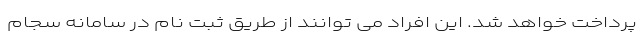
پرداخت خواهد شد. این افراد می توانند از طریق ثبت نام در سامانه سجام